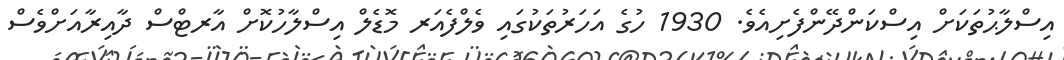
އިސްލާޙުތަކަށް އިސްކަންދޭންފެށިއެވެ. 1930 ހުގެ އަހަރުތަކުގައި ވެލްފެއަރ މޮޑެލް އިސްލާހުކޮށް އާރޓްސް ދާއިރާއަށްވެސް